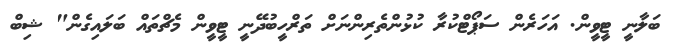
ބަލާނީ ޓީވީން. އަހަރެން ސަޕޯޓްކުރާ ކުޅުންތެރިންނަށް ތަރްހީބުދޭނީ ޓީވީން މެޗްތައް ބަލައިގެން" ޝިބް